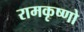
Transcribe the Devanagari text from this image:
रामकृष्णो